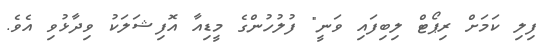
ފިލި ކަމަށް ރިޕޯޓް ލިބިފައި ވަނީ" ފުލުހުންގެ މީޑިއާ އޮފިޝަލަކު ވިދާޅުވި އެވެ.